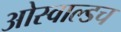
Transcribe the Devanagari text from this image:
ओस्वाल्डच